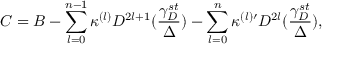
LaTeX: C = B - \sum _ { l = 0 } ^ { n - 1 } \kappa ^ { ( l ) } D ^ { 2 l + 1 } ( \frac { \gamma _ { D } ^ { s t } } { \Delta } ) - \sum _ { l = 0 } ^ { n } \kappa ^ { ( l ) \prime } D ^ { 2 l } ( \frac { \gamma _ { D } ^ { s t } } { \Delta } ) ,